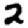
Digit: 2